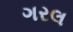
ગરલ